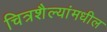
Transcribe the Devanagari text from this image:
चित्रशैल्यांमधील